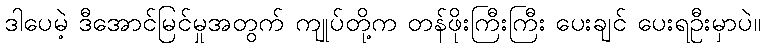
ဒါပေမဲ့ ဒီအောင်မြင်မှုအတွက် ကျုပ်တို့က တန်ဖိုးကြီးကြီး ပေးချင် ပေးရဦးမှာပဲ။